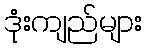
ဒုံးကျည်များ